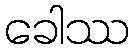
ခေါဿ